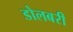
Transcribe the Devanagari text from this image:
डोलबरी